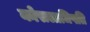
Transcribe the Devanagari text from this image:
कोसलाधिपति